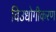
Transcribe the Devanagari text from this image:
विउधोगीकरण